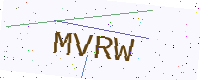
Text: MVRW